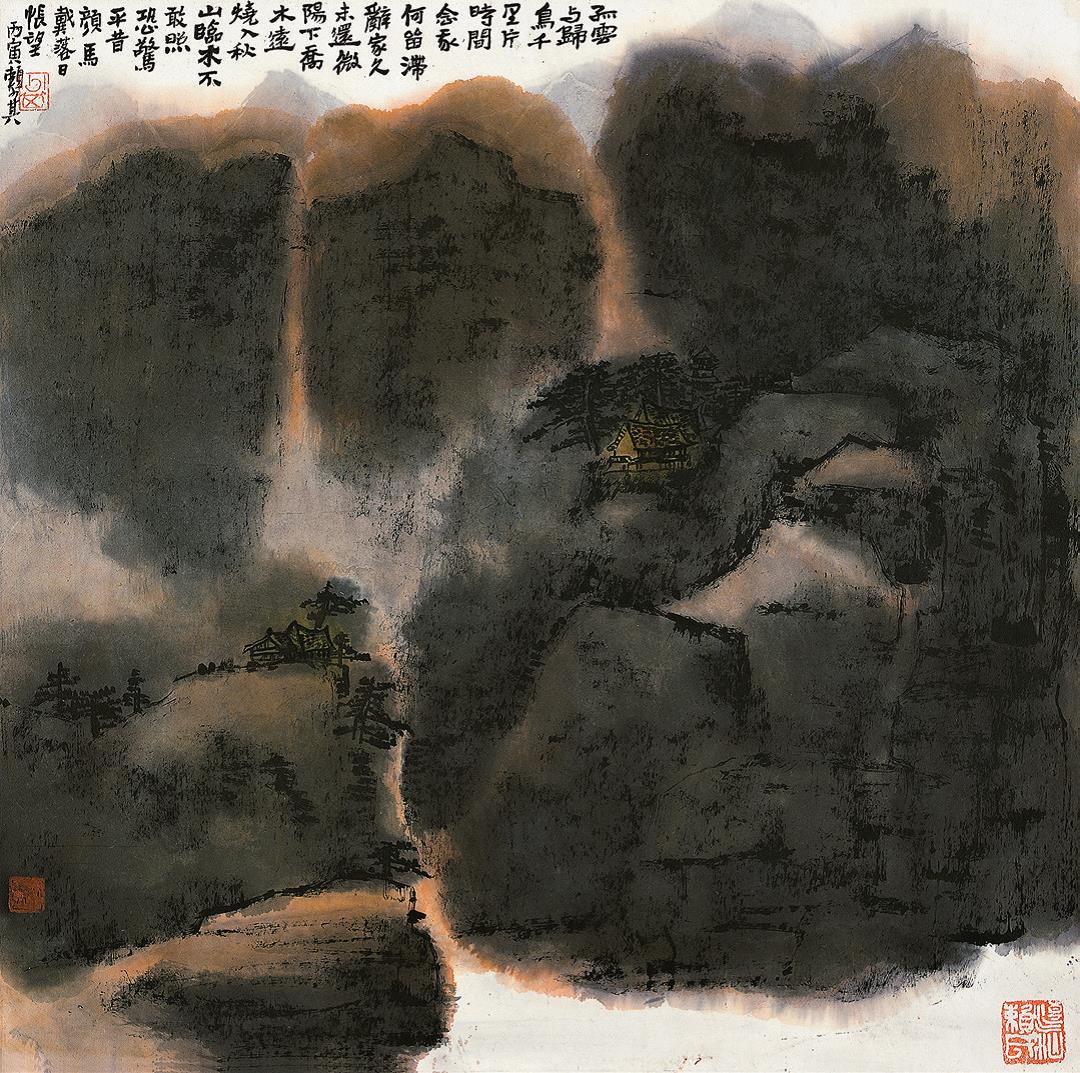
孤云与归鸟，千里片时间。